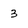
Character: 3